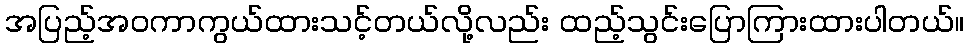
အပြည့်အဝကာကွယ်ထားသင့်တယ်လို့လည်း ထည့်သွင်းပြောကြားထားပါတယ်။